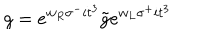
g = e ^ { w _ { R } \sigma ^ { - } i t ^ { 3 } } { \tilde { g } } e ^ { w _ { L } \sigma ^ { + } i t ^ { 3 } }